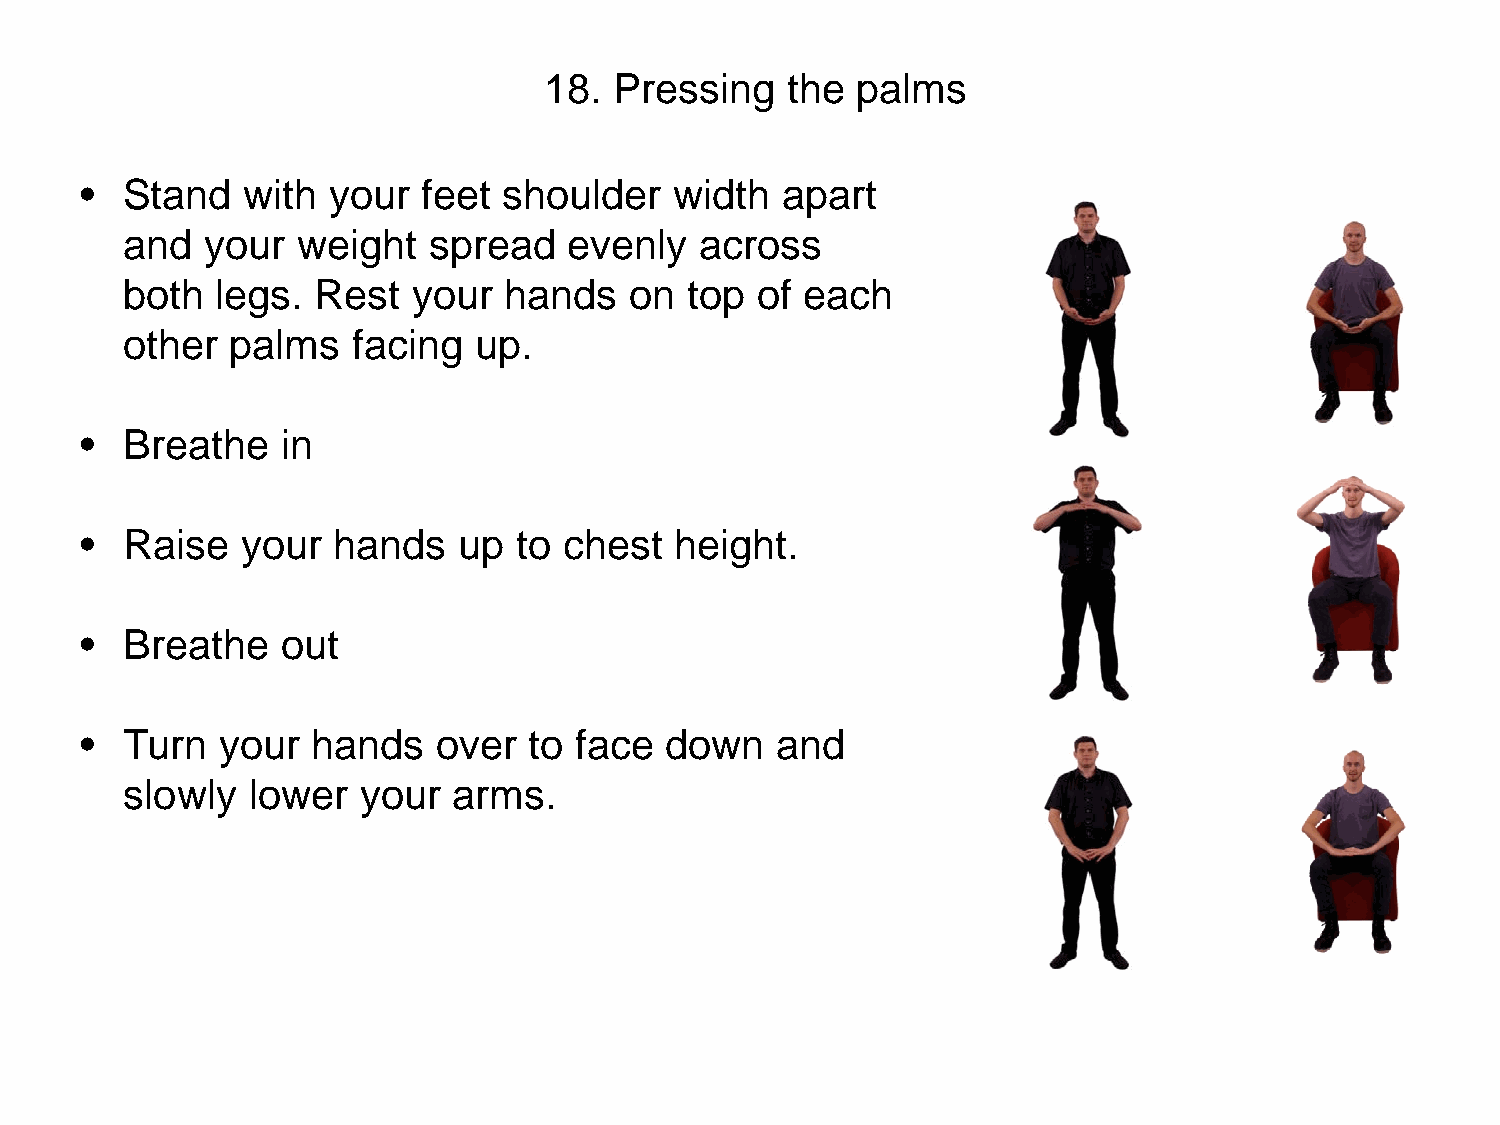
18.  Pressing   the  palms
 •  Stand   with  your  feet shoulder    width  apart
 and   your  weight  spread    evenly  across
 both  legs.  Rest  your  hands    on  top of each
 other  palms   facing  up.
 •  Breathe    in
 •  Raise   your  hands   up  to chest   height.
 •  Breathe    out
 •  Turn  your   hands   over  to face  down   and
 slowly  lower   your  arms.